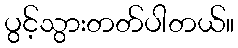
ပွင့်သွားတတ်ပါတယ်။